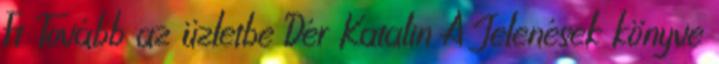
Ft Tovább az üzletbe Dér Katalin A Jelenések könyve